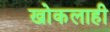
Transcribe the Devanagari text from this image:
खोकलाही